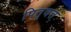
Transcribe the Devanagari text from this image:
पितृवत्त